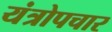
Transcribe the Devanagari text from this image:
यंत्रोपचार